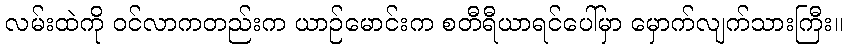
လမ်းထဲကို ဝင်လာကတည်းက ယာဉ်မောင်းက စတီရီယာရင်ပေါ်မှာ မှောက်လျက်သားကြီး။